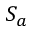
S _ { a }